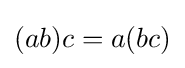
(ab)c=a(bc)